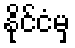
နိုင်ငံမှ